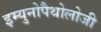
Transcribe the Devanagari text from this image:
इम्युनोपैथोलोजी